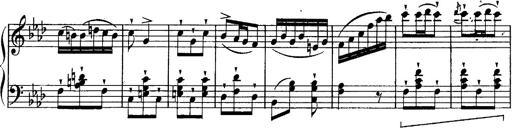
Title: Schubert's Impromptus [revised and edited by Franz Liszt]
Composer: Franz Liszt